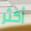
أكثر